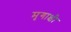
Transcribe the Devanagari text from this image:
मृगाक्षी